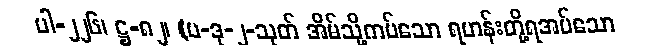
ပါ-၂၂၆၊ ဋ္ဌ-၈၂၊ (ပ-ဒု-၂-သုတ် အိမ်သို့ကပ်သော ရဟန်းတို့ရအပ်သော